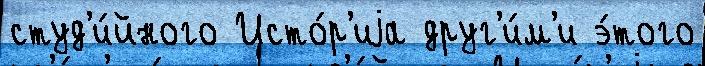
студ'и́йного Исто́р'иjа друг'и́м'и э́того